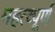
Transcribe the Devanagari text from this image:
महत्‍व्‍पूर्ण